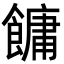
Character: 𩞋